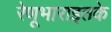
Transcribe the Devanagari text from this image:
रेणूभाराइतके